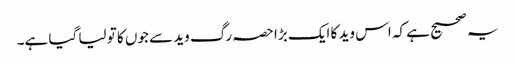
یہ صحیح ہے کہ اس وید کا ایک بڑا حصہ رگ وید سے جوں کا تو لیا گیا ہے۔